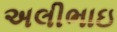
અલીભાઇ